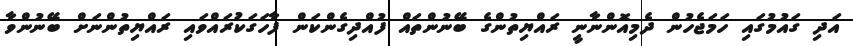
އަދި ގައުމުގައި ހަމަޖެހުން ދެމިއޮންނާނީ ރައްޔިތުންގެ ބޭނުންތައް ފުއްދިގެންކަން ފާހަގަކުރައްވައި ރައްޔިތުންނަށް ބޭނުންވާ